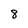
Character: 8